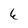
Character: 6